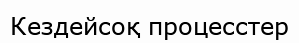
Кездейсоқ процесстер